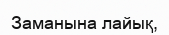
Заманына лайық,